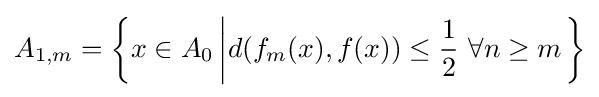
A_{1,m}=\left\{x\in A_{0}\left|d(f_{m}(x),f(x))\leq {\frac {1}{2}}\ \forall n\geq m\right.\right\}